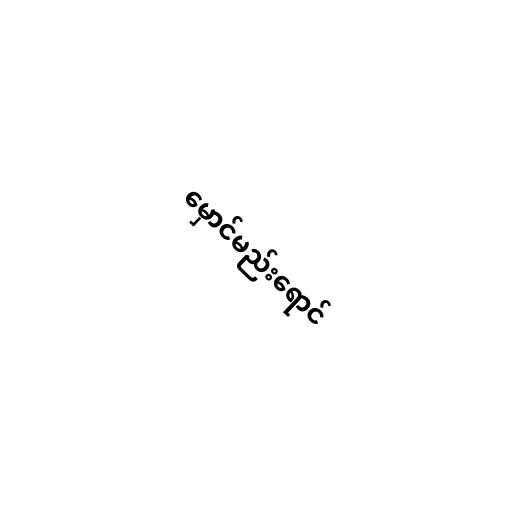
မှောင်မည်းရောင်